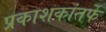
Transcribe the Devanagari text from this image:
प्रकाशकांतर्फे